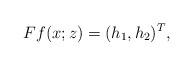
LaTeX: \begin{align*}Ff(x;z)=(h_{1},h_{2})^T,\end{align*}